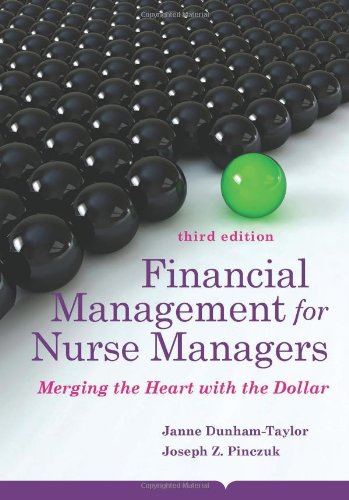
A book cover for Financial Management For Nurse Managers: Merging the Heart with the Dollar (Dunham-Taylor, Financial Management for Nurse Managers); Janne Dunham-Taylor; Medical Books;